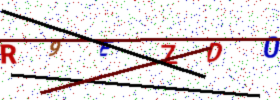
Text: R9EZD0